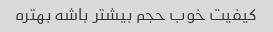
کیفیت خوب حجم بیشتر باشه بهتره